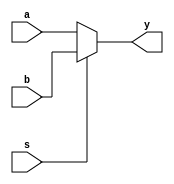
module mux2_112 #(parameter WITDH = 8) (a, b, s, y);

input s;
input [WITDH - 1:0] a, b;
output [WITDH - 1:0] y;

assign y = (s == 0) ? a : b;

endmodule